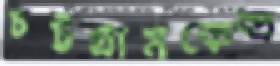
চট্টগ্রামকেন্দ্র